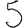
Digit: 5